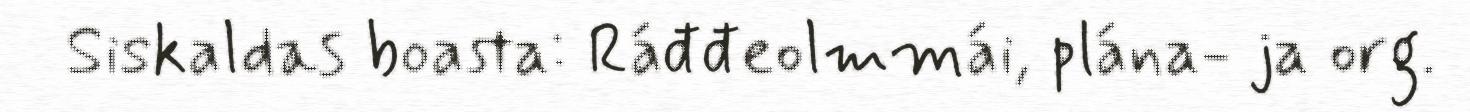
Siskaldas boasta: Ráđđeolmmái, plána- ja org.